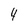
Character: 4